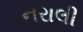
નરાલી